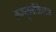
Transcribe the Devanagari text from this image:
कम्युनीकेशन